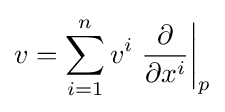
v=\sum _{i=1}^{n}v^{i}\left.{\frac {\partial }{\partial x^{i}}}\right|_{p}